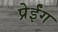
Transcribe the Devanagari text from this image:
प्रेईंग